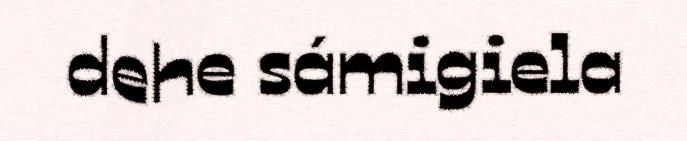
dehe sámigiela